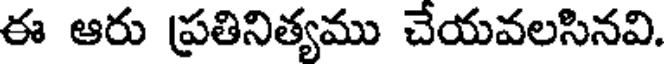
ఈ ఆరు ప్రతినిత్యము చేయవలసినవి.